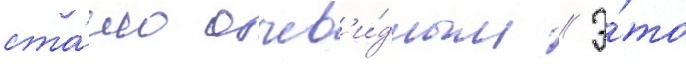
ста́ло очев'и́дным // Э́то